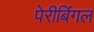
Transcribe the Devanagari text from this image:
पेरीबिंगल